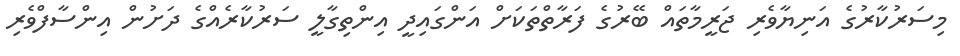
މިސަރުކާރުގެ އަނިޔާވެރި ޖަރީމާތައް ބޭރުގެ ފަރާތްތަކަށް އަންގައިދީ އިންތިގާލީ ސަރުކާރެއްގެ ދަށުން އިންސާފްވެރި